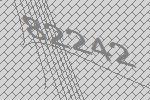
82242